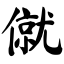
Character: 僦